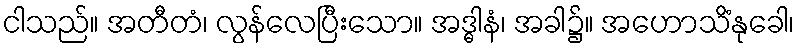
ငါသည်။ အတီတံ၊ လွန်လေပြီးသော။ အဒ္ဓါနံ၊ အခါ၌။ အဟောသိံနုခေါ၊